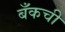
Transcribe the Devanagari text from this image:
बँकची